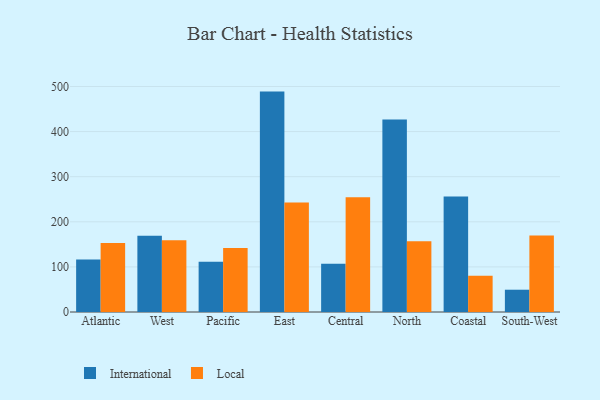
{"axis": {"x": "Region", "y": "Latency (ms)"}, "legend": ["International", "Local"], "data": [{"x": "Atlantic", "y": 116.2, "type": "International"}, {"x": "Atlantic", "y": 153.1, "type": "Local"}, {"x": "West", "y": 168.8, "type": "International"}, {"x": "West", "y": 159.1, "type": "Local"}, {"x": "Pacific", "y": 111.6, "type": "International"}, {"x": "Pacific", "y": 142.0, "type": "Local"}, {"x": "East", "y": 488.7, "type": "International"}, {"x": "East", "y": 243.0, "type": "Local"}, {"x": "Central", "y": 107.1, "type": "International"}, {"x": "Central", "y": 254.3, "type": "Local"}, {"x": "North", "y": 426.7, "type": "International"}, {"x": "North", "y": 157.1, "type": "Local"}, {"x": "Coastal", "y": 256.1, "type": "International"}, {"x": "Coastal", "y": 80.3, "type": "Local"}, {"x": "South-West", "y": 49.4, "type": "International"}, {"x": "South-West", "y": 169.6, "type": "Local"}]}